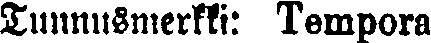
Tunnusmerkki: Tempora